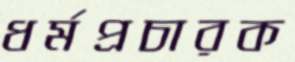
ধর্মপ্রচারক